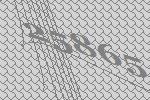
25865